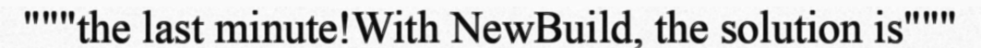
"""the last minute!With NewBuild, the solution is"""